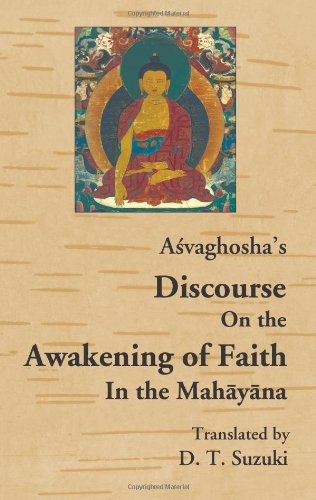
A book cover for Awakening of Faith in the Mahayana; Asvaghosa; Religion & Spirituality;